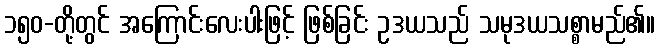
၁၅၀-တို့တွင် အကြောင်းလေးပါးဖြင့် ဖြစ်ခြင်း ဥဒယသည် သမုဒယသစ္စာမည်၏။